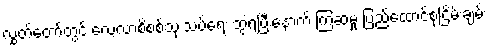
လွှွတ်တော်တွင် လေ့လာစိစစ်သုံးသပ်ရေး ဘွဲ့ရပြီးနောက် ကြံဆမှု ပြည်ထောင်စုငြိမ်းချမ်း